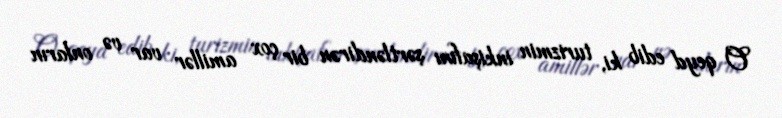
O qeyd edib ki, turizmin inkişafını şərtləndirən bir çox amillər var və onların